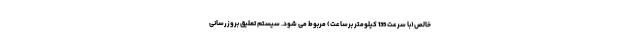
خالص(با سرعت 135 کیلومتر برساعت) مربوط می شود. سیستم تعلیق بروزرسانی